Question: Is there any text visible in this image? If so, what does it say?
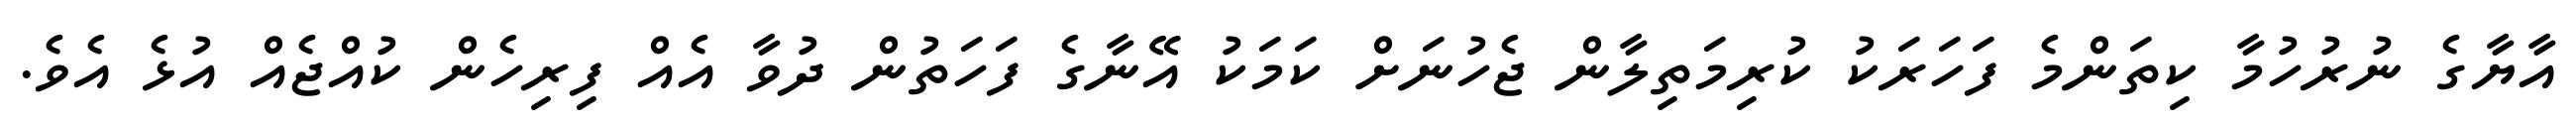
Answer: އާޔާގެ ނުރުހުމާ ކިތަންމެ ފަހަރަކު ކުރިމަތިލާން ޖެހުނަށް ކަމަކު އޭނާގެ ފަހަތުން ދުވާ އެއް ފިރިހެން ކުއްޖެއް އުޅެ އެވެ.